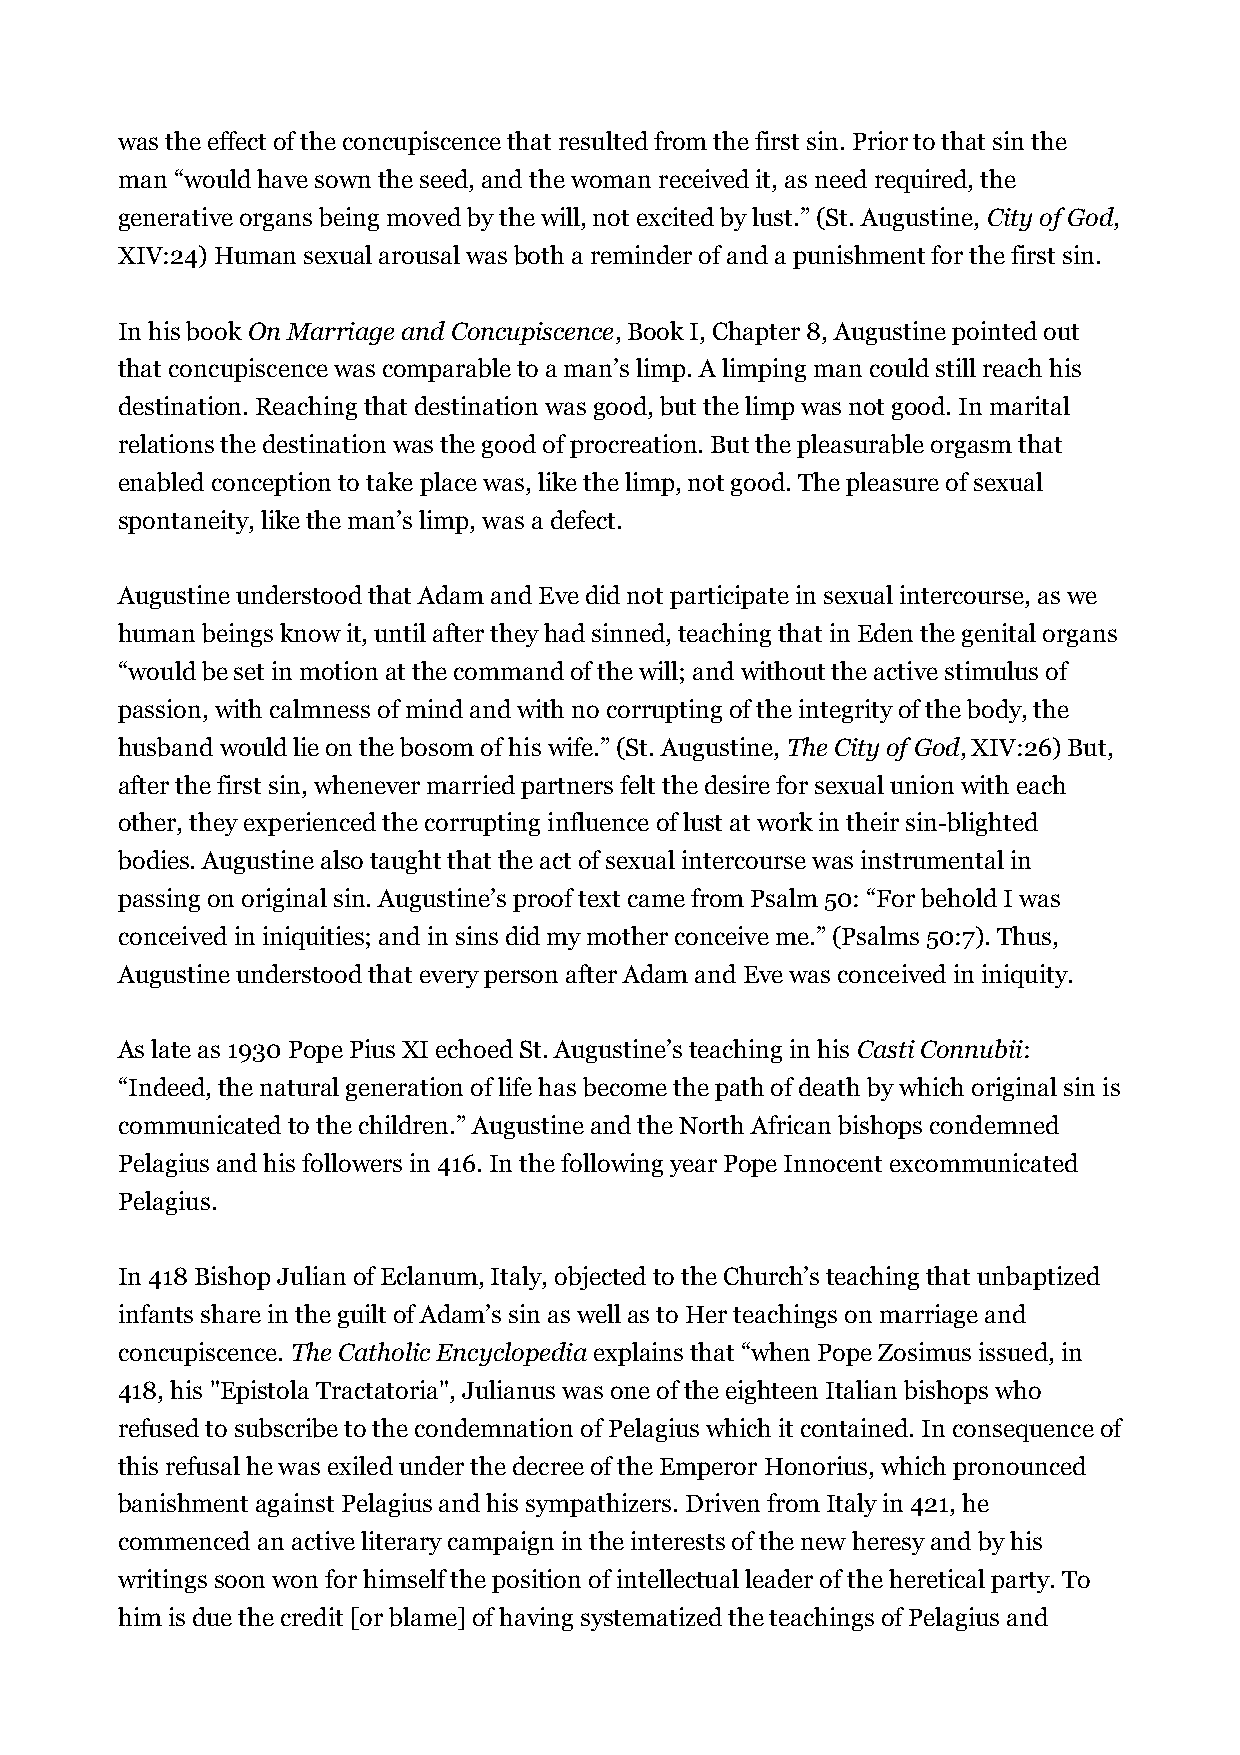
was the effect of the concupiscence that resulted from the first sin. Prior to that sin the
 man “would have sown the seed, and the woman received it, as need required, the
 generative organs being moved by the will, not excited by lust.” (St. Augustine, City of God,
 XIV:24) Human sexual arousal was both a reminder of and a punishment for the first sin.
 In his book On Marriage and Concupiscence, Book I, Chapter 8, Augustine pointed out
 that concupiscence was comparable to a man’s limp. A limping man could still reach his
 destination. Reaching that destination was good, but the limp was not good. In marital
 relations the destination was the good of procreation. But the pleasurable orgasm that
 enabled conception to take place was, like the limp, not good. The pleasure of sexual
 spontaneity, like the man’s limp, was a defect.
 Augustine understood that Adam and Eve did not participate in sexual intercourse, as we
 human beings know it, until after they had sinned, teaching that in Eden the genital organs
 “would be set in motion at the command of the will; and without the active stimulus of
 passion, with calmness of mind and with no corrupting of the integrity of the body, the
 husband would lie on the bosom of his wife.” (St. Augustine, The City of God, XIV:26) But,
 after the first sin, whenever married partners felt the desire for sexual union with each
 other, they experienced the corrupting influence of lust at work in their sin-blighted
 bodies. Augustine also taught that the act of sexual intercourse was instrumental in
 passing on original sin. Augustine’s proof text came from Psalm 50: “For behold I was
 conceived in iniquities; and in sins did my mother conceive me.” (Psalms 50:7). Thus,
 Augustine understood that every person after Adam and Eve was conceived in iniquity.
 As late as 1930 Pope Pius XI echoed St. Augustine’s teaching in his Casti Connubii:
 “Indeed, the natural generation of life has become the path of death by which original sin is
 communicated to the children.” Augustine and the North African bishops condemned
 Pelagius and his followers in 416. In the following year Pope Innocent excommunicated
 Pelagius.
 In 418 Bishop Julian of Eclanum, Italy, objected to the Church’s teaching that unbaptized
 infants share in the guilt of Adam’s sin as well as to Her teachings on marriage and
 concupiscence. The Catholic Encyclopedia explains that “when Pope Zosimus issued, in
 418, his "Epistola Tractatoria", Julianus was one of the eighteen Italian bishops who
 refused to subscribe to the condemnation of Pelagius which it contained. In consequence of
 this refusal he was exiled under the decree of the Emperor Honorius, which pronounced
 banishment against Pelagius and his sympathizers. Driven from Italy in 421, he
 commenced an active literary campaign in the interests of the new heresy and by his
 writings soon won for himself the position of intellectual leader of the heretical party. To
 him is due the credit [or blame] of having systematized the teachings of Pelagius and